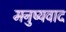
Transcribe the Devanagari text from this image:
मनुष्यवाद